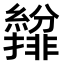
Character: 𫄐